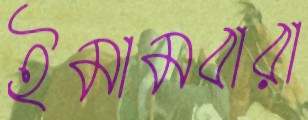
ইমামবারা